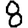
Digit: 8